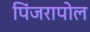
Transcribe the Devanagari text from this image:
पिंजरापोल